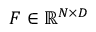
F \in \mathbb { R } ^ { N \times D }